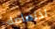
اختصاصك